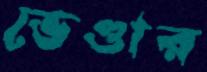
ভেণ্ডার